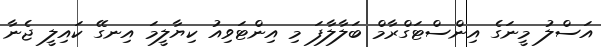
އަސްލު މީނަގެ އިންސްޓަގްރާމް ބަލާލާފަ މި އިންޓަވިއު ކިޔާލީމަ އިނގޭ ކައިލީ ޖެނާ